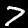
Digit: 7